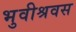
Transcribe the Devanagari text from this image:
भुवीश्रवस